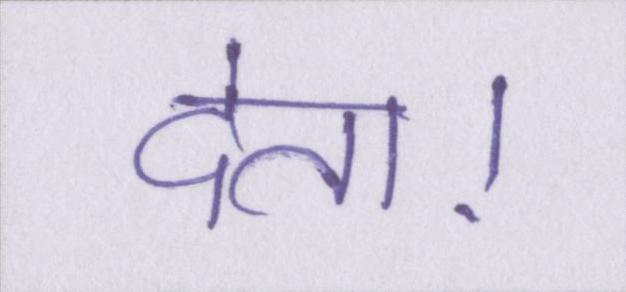
देता।